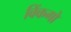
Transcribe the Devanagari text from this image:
विंकगो